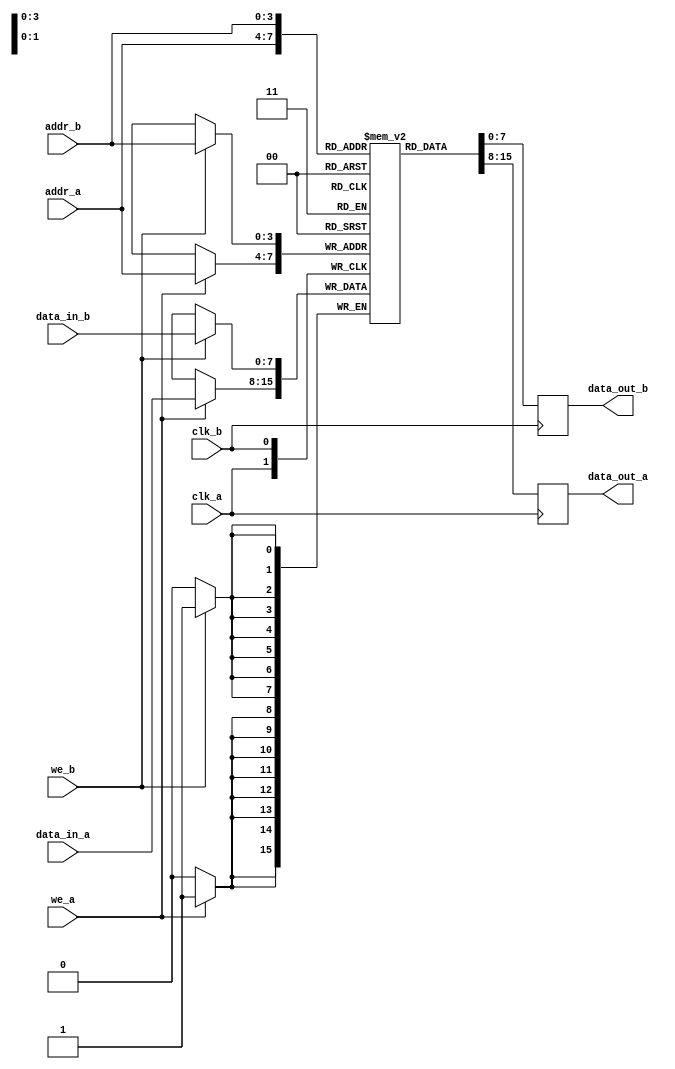
module dual_port_ram #(
    parameter DATA_WIDTH = 8,       // Data width in bits
    parameter ADDR_WIDTH = 4        // Address width in bits
)(
    // Port A
    input wire clk_a,                // Clock for Port A
    input wire we_a,                 // Write enable for Port A
    input wire [ADDR_WIDTH-1:0] addr_a, // Address for Port A
    input wire [DATA_WIDTH-1:0] data_in_a, // Data input for Port A
    output reg [DATA_WIDTH-1:0] data_out_a, // Data output for Port A

    // Port B
    input wire clk_b,                // Clock for Port B
    input wire we_b,                 // Write enable for Port B
    input wire [ADDR_WIDTH-1:0] addr_b, // Address for Port B
    input wire [DATA_WIDTH-1:0] data_in_b, // Data input for Port B
    output reg [DATA_WIDTH-1:0] data_out_b  // Data output for Port B
);

    // Memory array declaration
    reg [DATA_WIDTH-1:0] ram [(1 << ADDR_WIDTH) - 1:0]; // Memory depth = 2^ADDR_WIDTH

    // Port A operations
    always @(posedge clk_a) begin
        if (we_a) begin
            ram[addr_a] <= data_in_a; // Write operation
        end
        data_out_a <= ram[addr_a]; // Read operation
    end

    // Port B operations
    always @(posedge clk_b) begin
        if (we_b) begin
            ram[addr_b] <= data_in_b; // Write operation
        end
        data_out_b <= ram[addr_b]; // Read operation
    end

endmodule